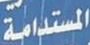
المستدامة